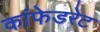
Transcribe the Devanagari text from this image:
कांफेडरेट